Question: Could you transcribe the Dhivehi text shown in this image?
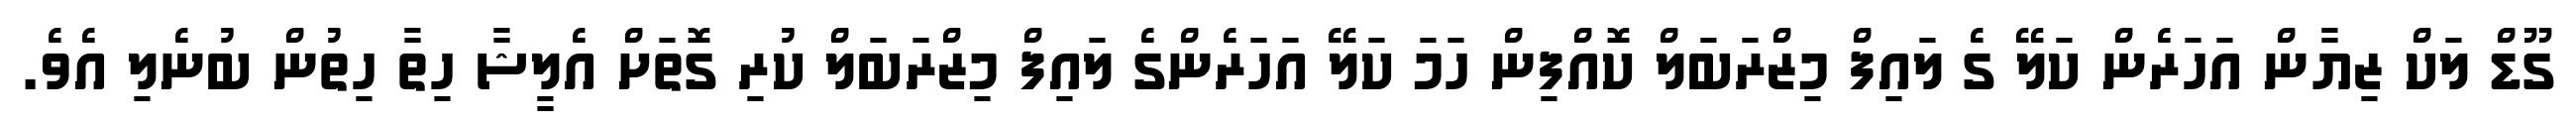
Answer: ގޫޑް ލަކް ޒިޔާން އަހަރެން ކަލޭ ގެ ލައިފް މިޒްރަބަލް ކޮއްފިން ހަމަ ކަލޭ އަހަރެންގެ ލައިފް މިޒްރަބަލް ކުރި ގޮތަށް އެލީޝާ ހިތާ ހިތުން ބުނެލި އެވެ.